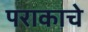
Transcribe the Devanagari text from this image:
पराकाचे